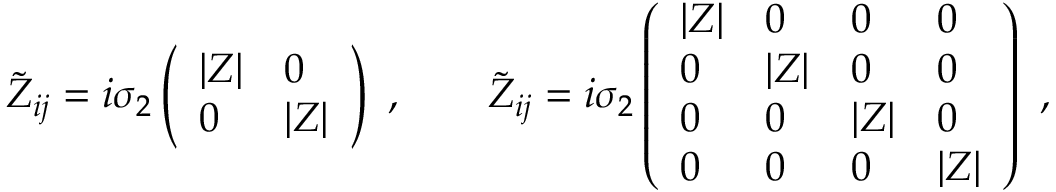
\tilde { Z } _ { i j } = i \sigma _ { 2 } \left( \begin{array} { l l } { { | Z | } } & { { 0 } } \\ { { 0 } } & { { | Z | } } \end{array} \right) \ , \qquad \tilde { Z } _ { i j } = i \sigma _ { 2 } \left( \begin{array} { l l l l } { { | Z | } } & { { 0 } } & { { 0 } } & { { 0 } } \\ { { 0 } } & { { | Z | } } & { { 0 } } & { { 0 } } \\ { { 0 } } & { { 0 } } & { { | Z | } } & { { 0 } } \\ { { 0 } } & { { 0 } } & { { 0 } } & { { | Z | } } \end{array} \right) \ ,